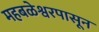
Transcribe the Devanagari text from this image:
महबळेश्वरपासून